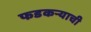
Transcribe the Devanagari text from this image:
फडकऱ्याची